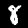
Label: 8